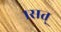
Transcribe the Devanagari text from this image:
१सत्